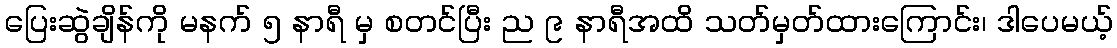
ပြေးဆွဲချိန်ကို မနက် ၅ နာရီ မှ စတင်ပြီး ည ၉ နာရီအထိ သတ်မှတ်ထားကြောင်း၊ ဒါပေမယ့်